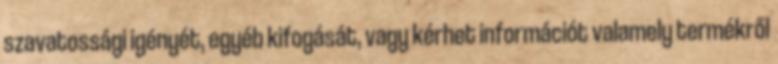
szavatossági igényét, egyéb kifogását, vagy kérhet információt valamely termékről